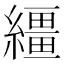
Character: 繮